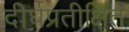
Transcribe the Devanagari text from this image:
दीर्घप्रतीक्षित